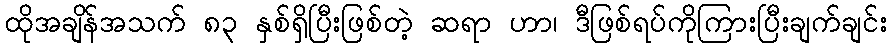
ထိုအချိန်အသက် ၈၃ နှစ်ရှိပြီးဖြစ်တဲ့ ဆရာ ဟာ၊ ဒီဖြစ်ရပ်ကိုကြားပြီးချက်ချင်း